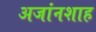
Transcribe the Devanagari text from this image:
अजांनशाह